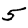
Digit: 5